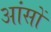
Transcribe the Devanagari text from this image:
आंसों